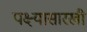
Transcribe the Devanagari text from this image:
पक्ष्यासारखी